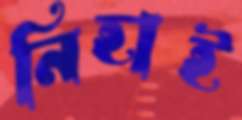
নিহাই